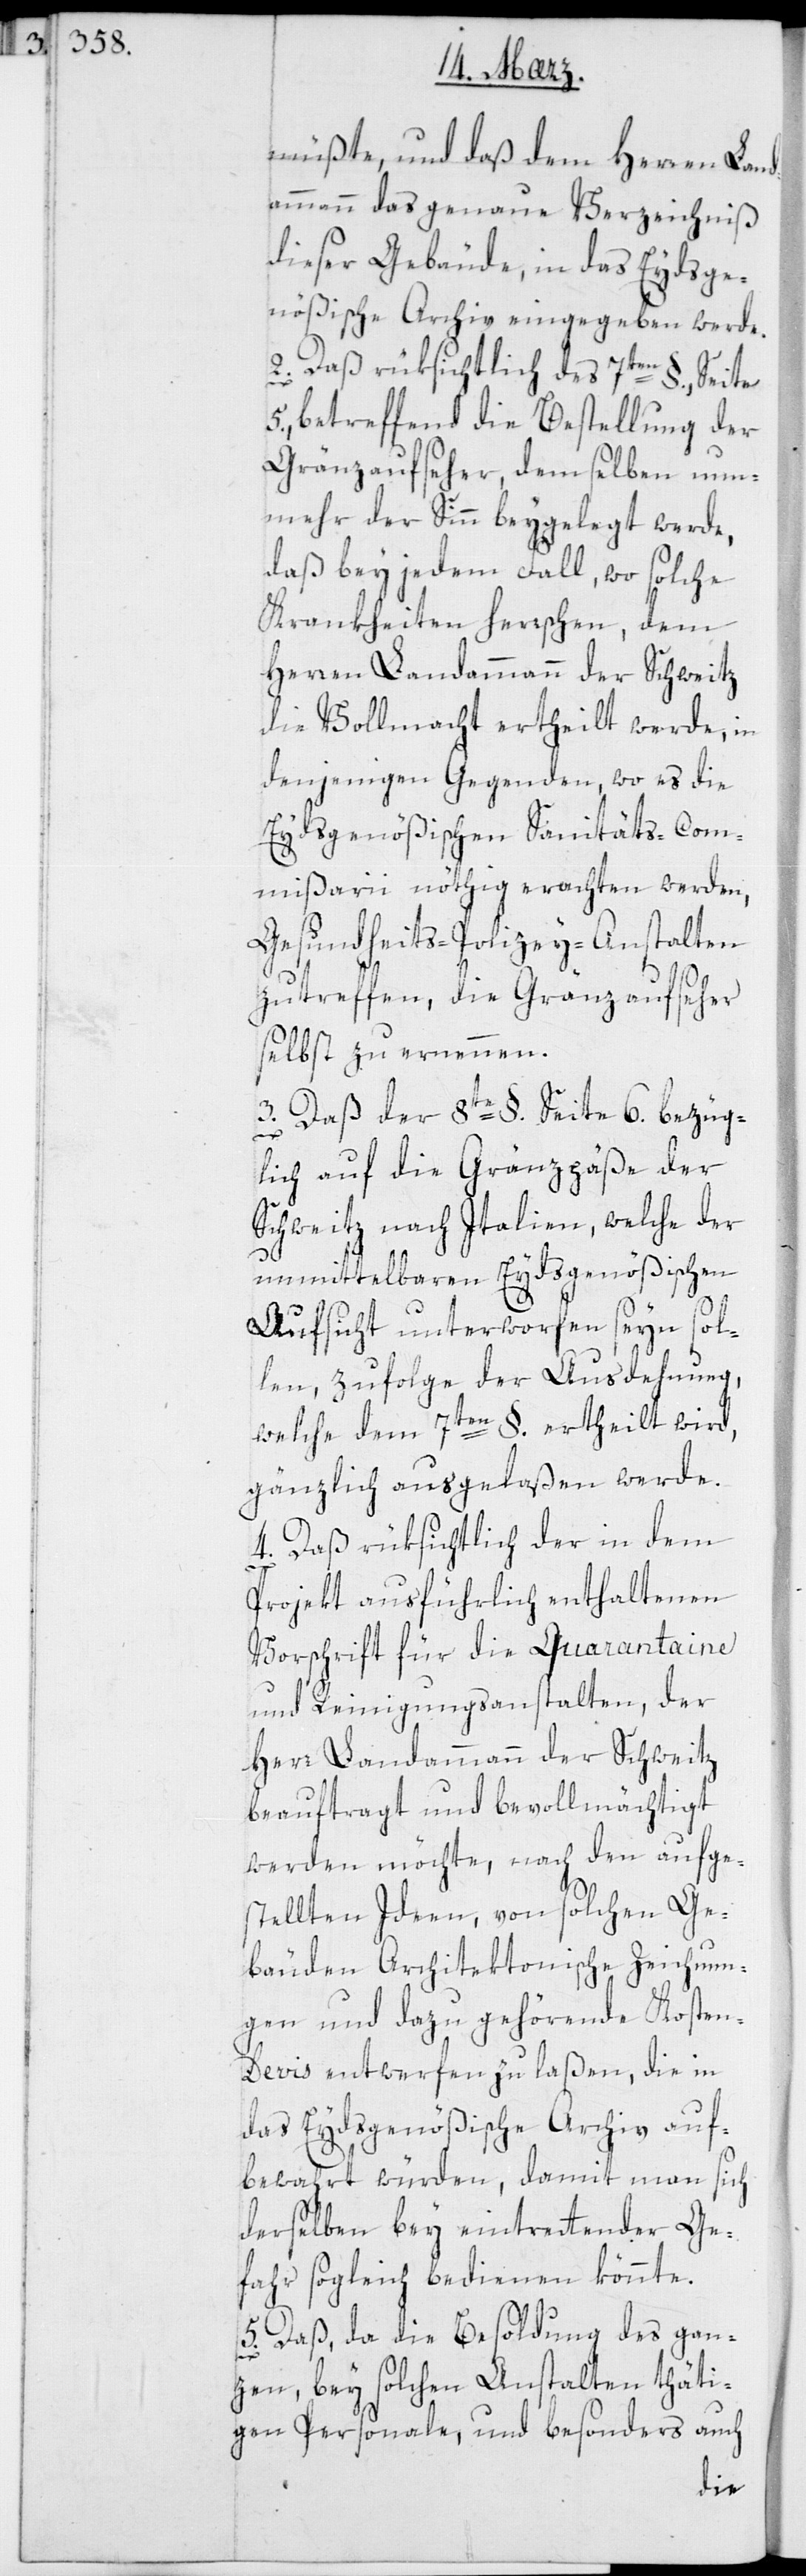
müßte; und daß dem Herren Land¬
ammann das genaue Verzeichniß
dieser Gebäude in das Eydsge¬
nößische Archiv eingegeben werde.
2. daß rüksichtlich des 7ten §. Seite
5, betreffend die Bestellung der
Gränzaufseher demselben nun¬
mehr der Sinn beigelegt werde,
daß bey jedem Fall, wo solche
Krankheiten herrschen, dem
Herren Landammann der Schweitz
die Vollmacht ertheilt werde, in
denjenigen Gegenden, wo es die
Eydsgenößischen Sanitäts-Com¬
mißarii nöthig erachten werden,
Gesundheitspolizey-Anstalten
zu treffen, die Gränzaufseher
selbst zu ernennen.
3. daß der 8te §. Seite 6., bezüg¬
lich auf die Grenzpäße der
Schweitz nach Italien, welche der
unmittelbaren Eysdsgenößischen
Aufsicht unterworfen seyn sol¬
len, zufolge der Ausdehnung,
welche dem 7ten §. ertheilt wird,
gänzlich ausgelaßen werde.
4. daß rüksichtlich der in dem
Projekt ausführlich enthaltenen
Vorschrift für die Quarantaine
und Reinigungsanstalten, der
Herr Landammann der Schweitz
beauftragt und bevollmächtigt
werden möchte, nach den aufge¬
stellten Ideen, von solchen Ge¬
bäuden Architektonische Zeichnun¬
gen und dazu gehörende Kosten¬
devis entwerfen zu laßen, die in
das Eydsgenößische Archiv auf¬
bewahrt würden, damit man sich
derselben bey eintretender Ge¬
fahr sogleich bedienen könnte.
5. daß, da die Besoldung des gan¬
zen bey solchen Anstalten thäti¬
gen Personale und besonders auch